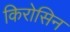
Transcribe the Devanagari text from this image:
किरोसिन